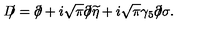
D \! \! \! / = \partial \! \! \! / + i \sqrt { \pi } \partial \! \! \! / \widetilde \eta + i \sqrt \pi \gamma _ { 5 } \partial \! \! \! / \sigma .